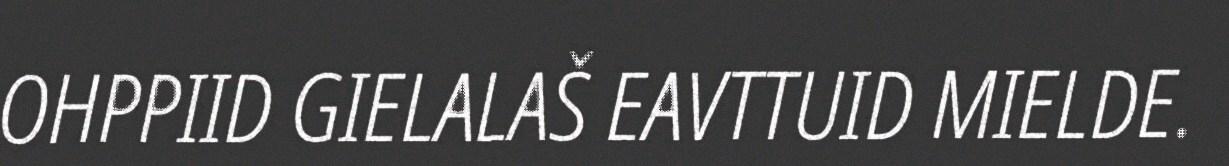
OHPPIID GIELALAŠ EAVTTUID MIELDE.